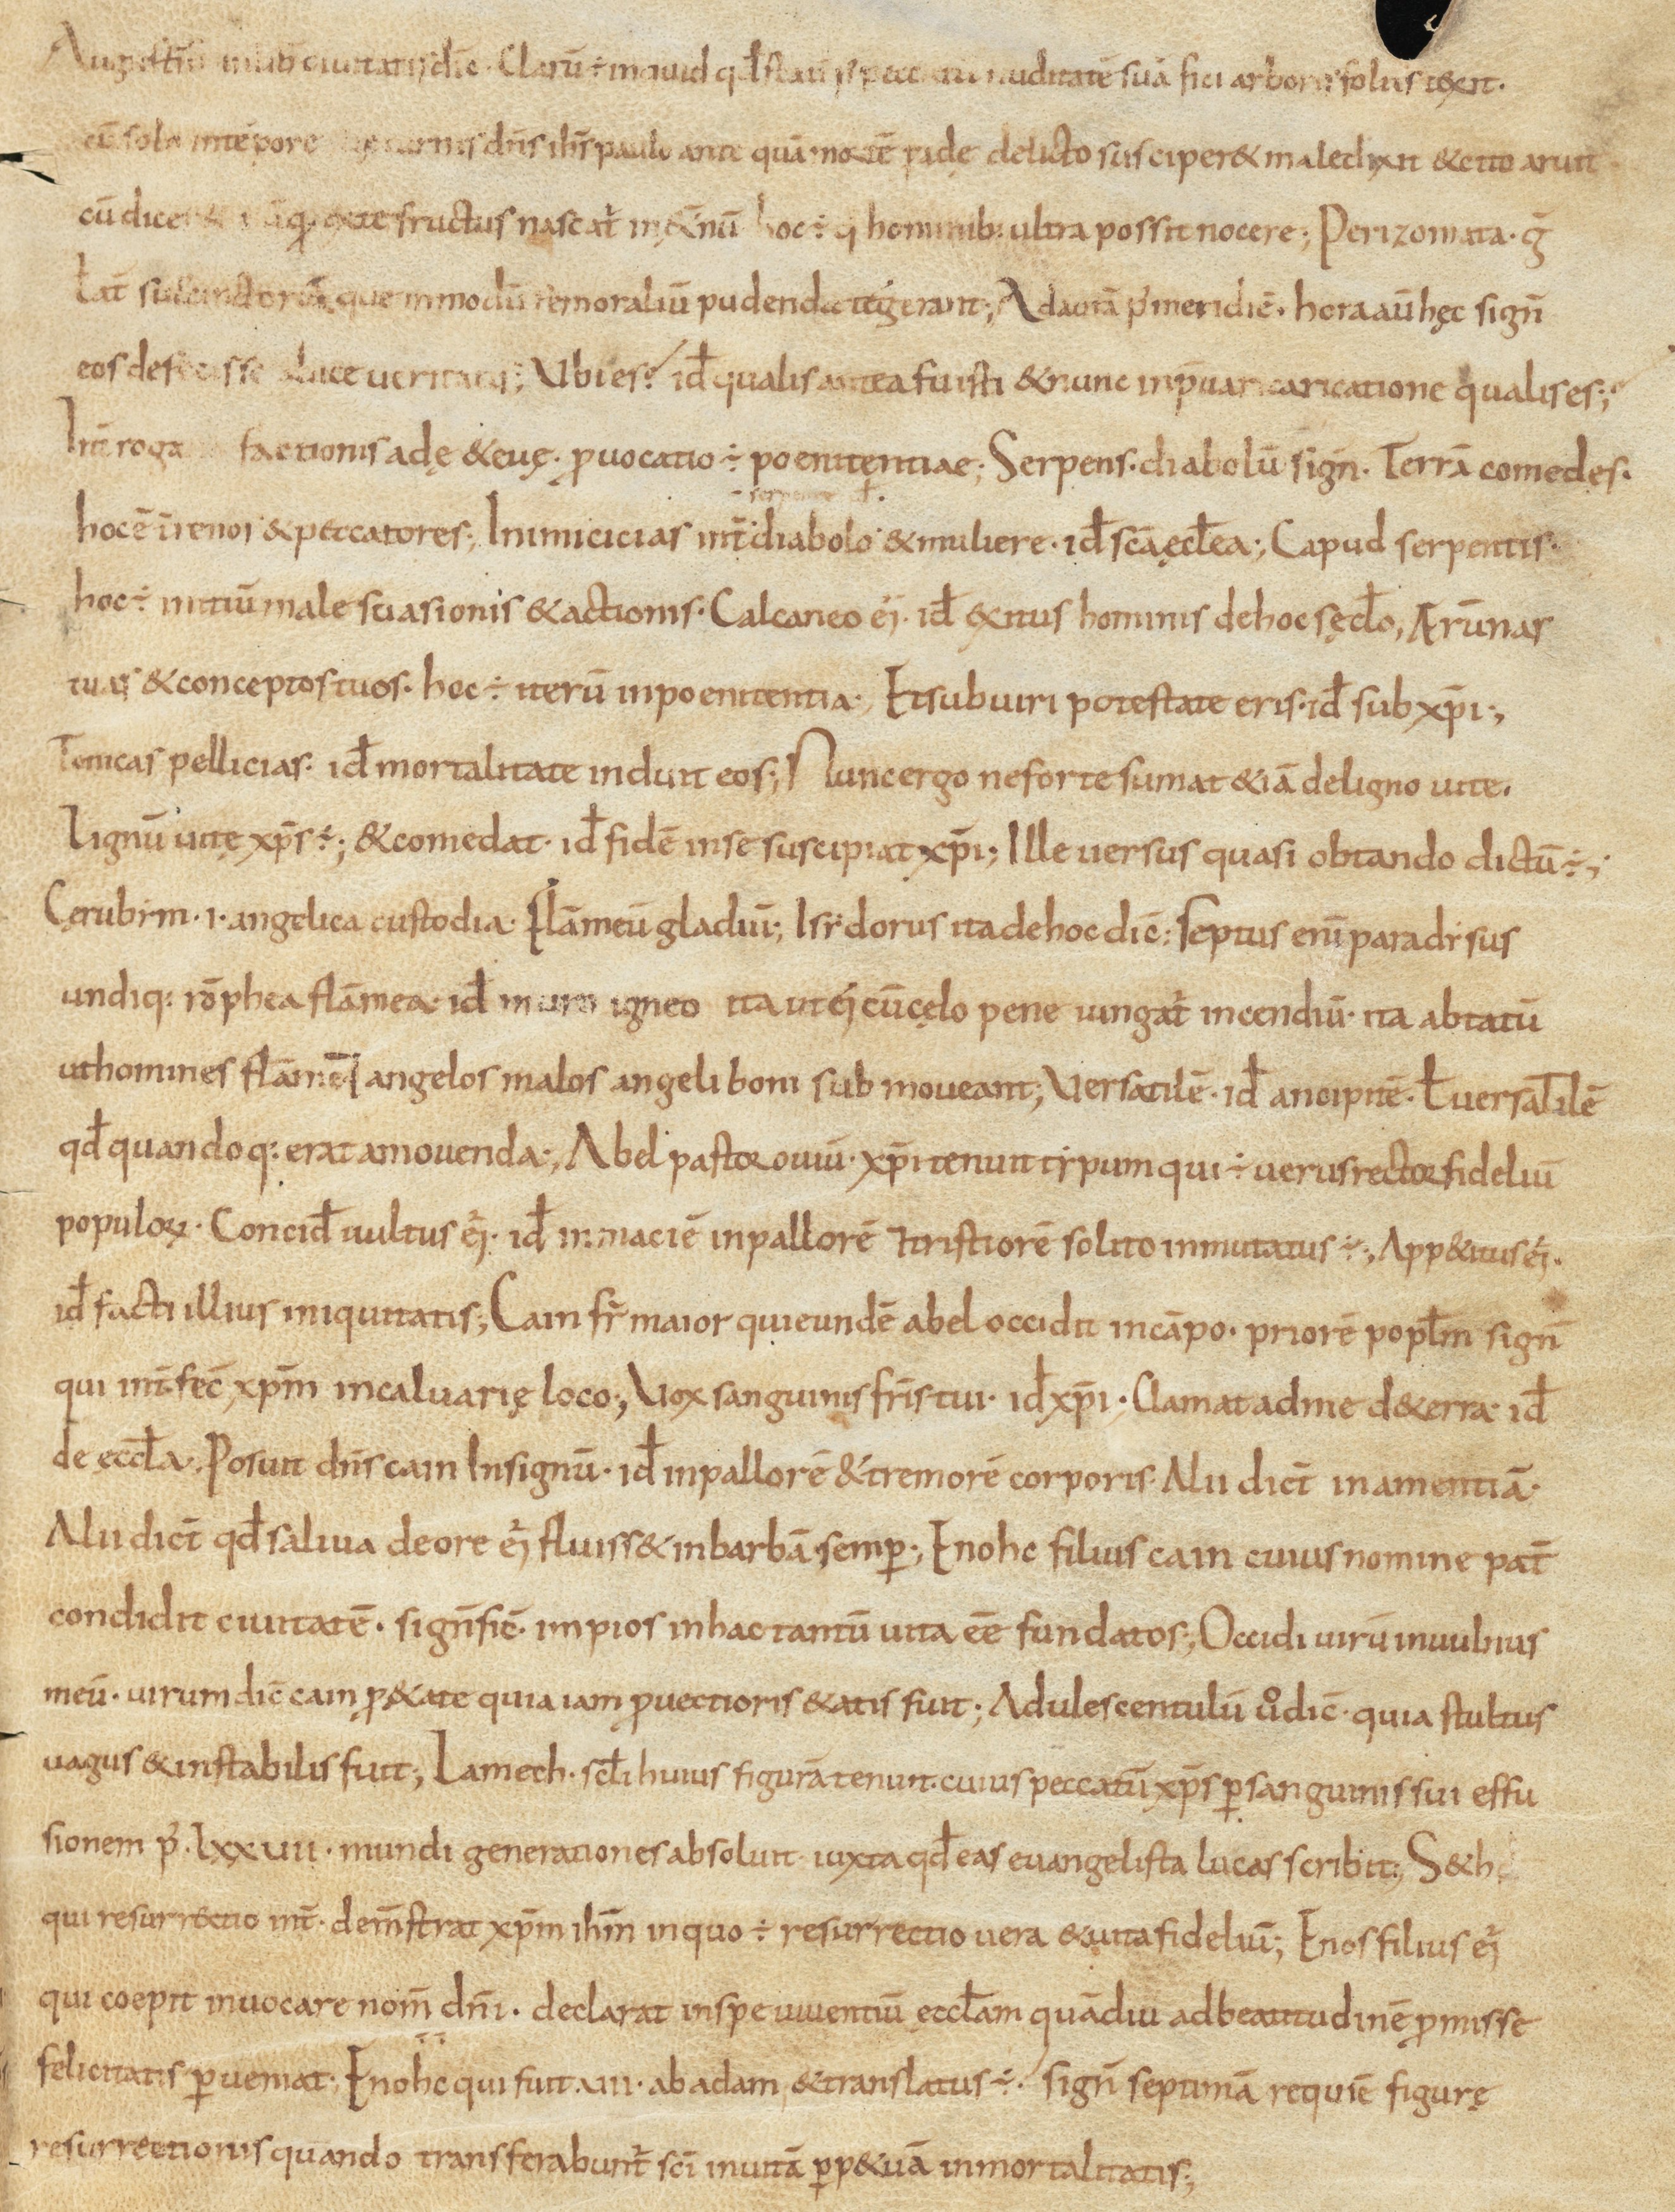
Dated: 800–899